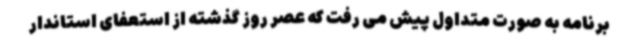
برنامه به صورت متداول پیش می رفت که عصر روز گذشته از استعفای استاندار